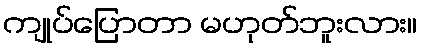
ကျုပ်ပြောတာ မဟုတ်ဘူးလား။